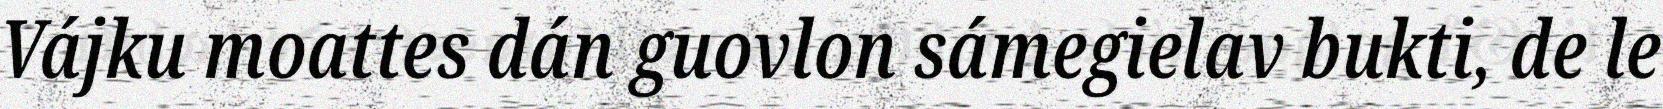
Vájku moattes dán guovlon sámegielav bukti, de le